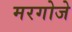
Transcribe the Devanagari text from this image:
मरगोजे